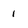
Character: 1